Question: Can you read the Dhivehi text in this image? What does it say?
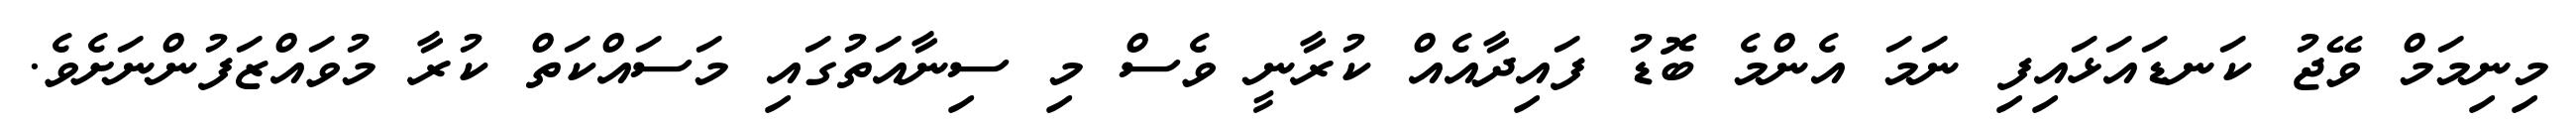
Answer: މިނިމަމް ވޭޖު ކަނޑައަޅައިފި ނަމަ އެންމެ ބޮޑު ފައިދާއެއް ކުރާނީ ވެސް މި ސިނާއަތުގައި މަސައްކަތް ކުރާ މުވައްޒަފުންނަށެވެ.